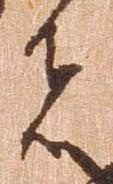
者